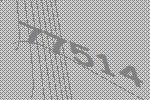
77514